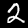
Label: 2